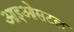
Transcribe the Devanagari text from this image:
आइओसटल